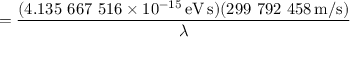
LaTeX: = { \frac { ( 4 . 1 3 5 \ 6 6 7 \ 5 1 6 \times 1 0 ^ { - 1 5 } \, { \mathrm { e V } } \, { \mathrm { s } } ) ( 2 9 9 \ 7 9 2 \ 4 5 8 \, { \mathrm { m / s } } ) } { \lambda } }